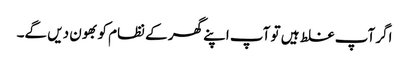
اگر آپ غلط ہیں تو آپ اپنے گھر کے نظام کو بھون دیں گے۔